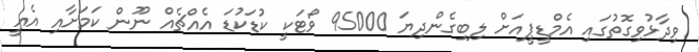
ވިދާޅުވިގޮތުގައި އެމްޑީޕީއަށް ލިބިގެންދިޔަ 95000 ވޯޓަކީ ކުޑަކުޑަ އެއްޗެއް ނޫން ކަމަށާއި އެއީ